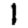
Digit: 1